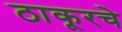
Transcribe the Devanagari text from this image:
ठाकूरचे